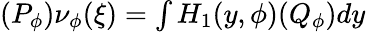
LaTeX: \begin{array}{r}{(P_{\phi})\nu_{\phi}(\xi)=\int H_{1}(y,\phi)(Q_{\phi})dy}\end{array}